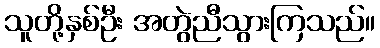
သူတို့နှစ်ဦး အတွဲညီသွားကြသည်။